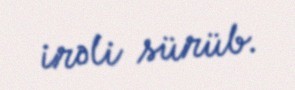
irəli sürüb.